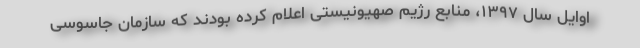
اوایل سال ۱۳۹۷، منابع رژیم صهیونیستی اعلام کرده بودند که سازمان جاسوسی